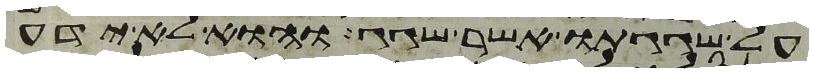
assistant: על שגגתו אשר שגג והוא לא ידע